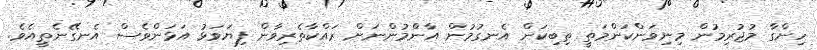
ހިންގާ މުޖުރިމުން މިނިވަންކަންމަތީ ތިބިކަން އެނގުމުން އާންމުންނަށް ރައްކާތެރިވާން ފިޔަވަޅު އަޅަންވެސް އެނގޭނެތީއެވެ.